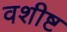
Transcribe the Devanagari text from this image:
वशीष्ट